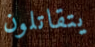
يتقاتلون